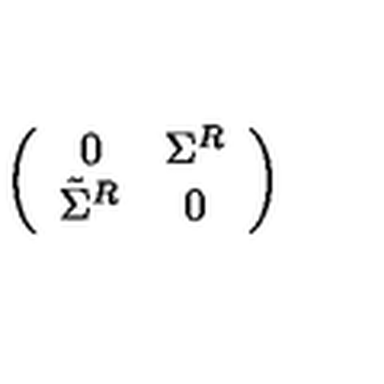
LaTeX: \left( \begin{array} { c c } { 0 } & { \Sigma ^ { R } } \\ { \tilde { \Sigma } ^ { R } } & { 0 } \\ \end{array} \right)